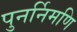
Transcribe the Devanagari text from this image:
पुनर्निमणि